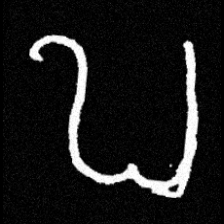
Pyu character \u2014 Myanmar letter: ဎ (romanized: ddha)